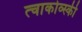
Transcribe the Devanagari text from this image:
त्चाकोव्स्की